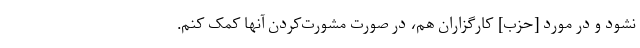
نشود و در مورد [حزب] کارگزاران هم، در صورت مشورت‌کردن آنها کمک کنم.